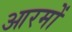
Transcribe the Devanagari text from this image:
आरमों